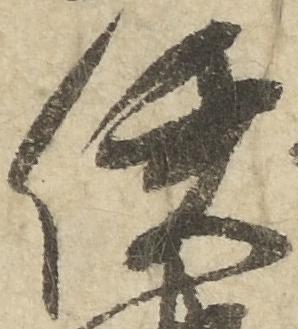
使